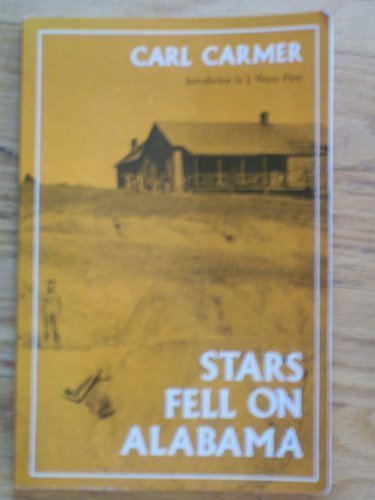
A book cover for Stars Fell on Alabama (Library of Alabama Claasics Series); Carl Carmer; Travel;